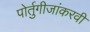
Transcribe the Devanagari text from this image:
पोर्तुगीजांकरवी